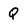
Character: Q